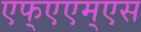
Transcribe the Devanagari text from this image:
एफ्‌एएम्‌एस